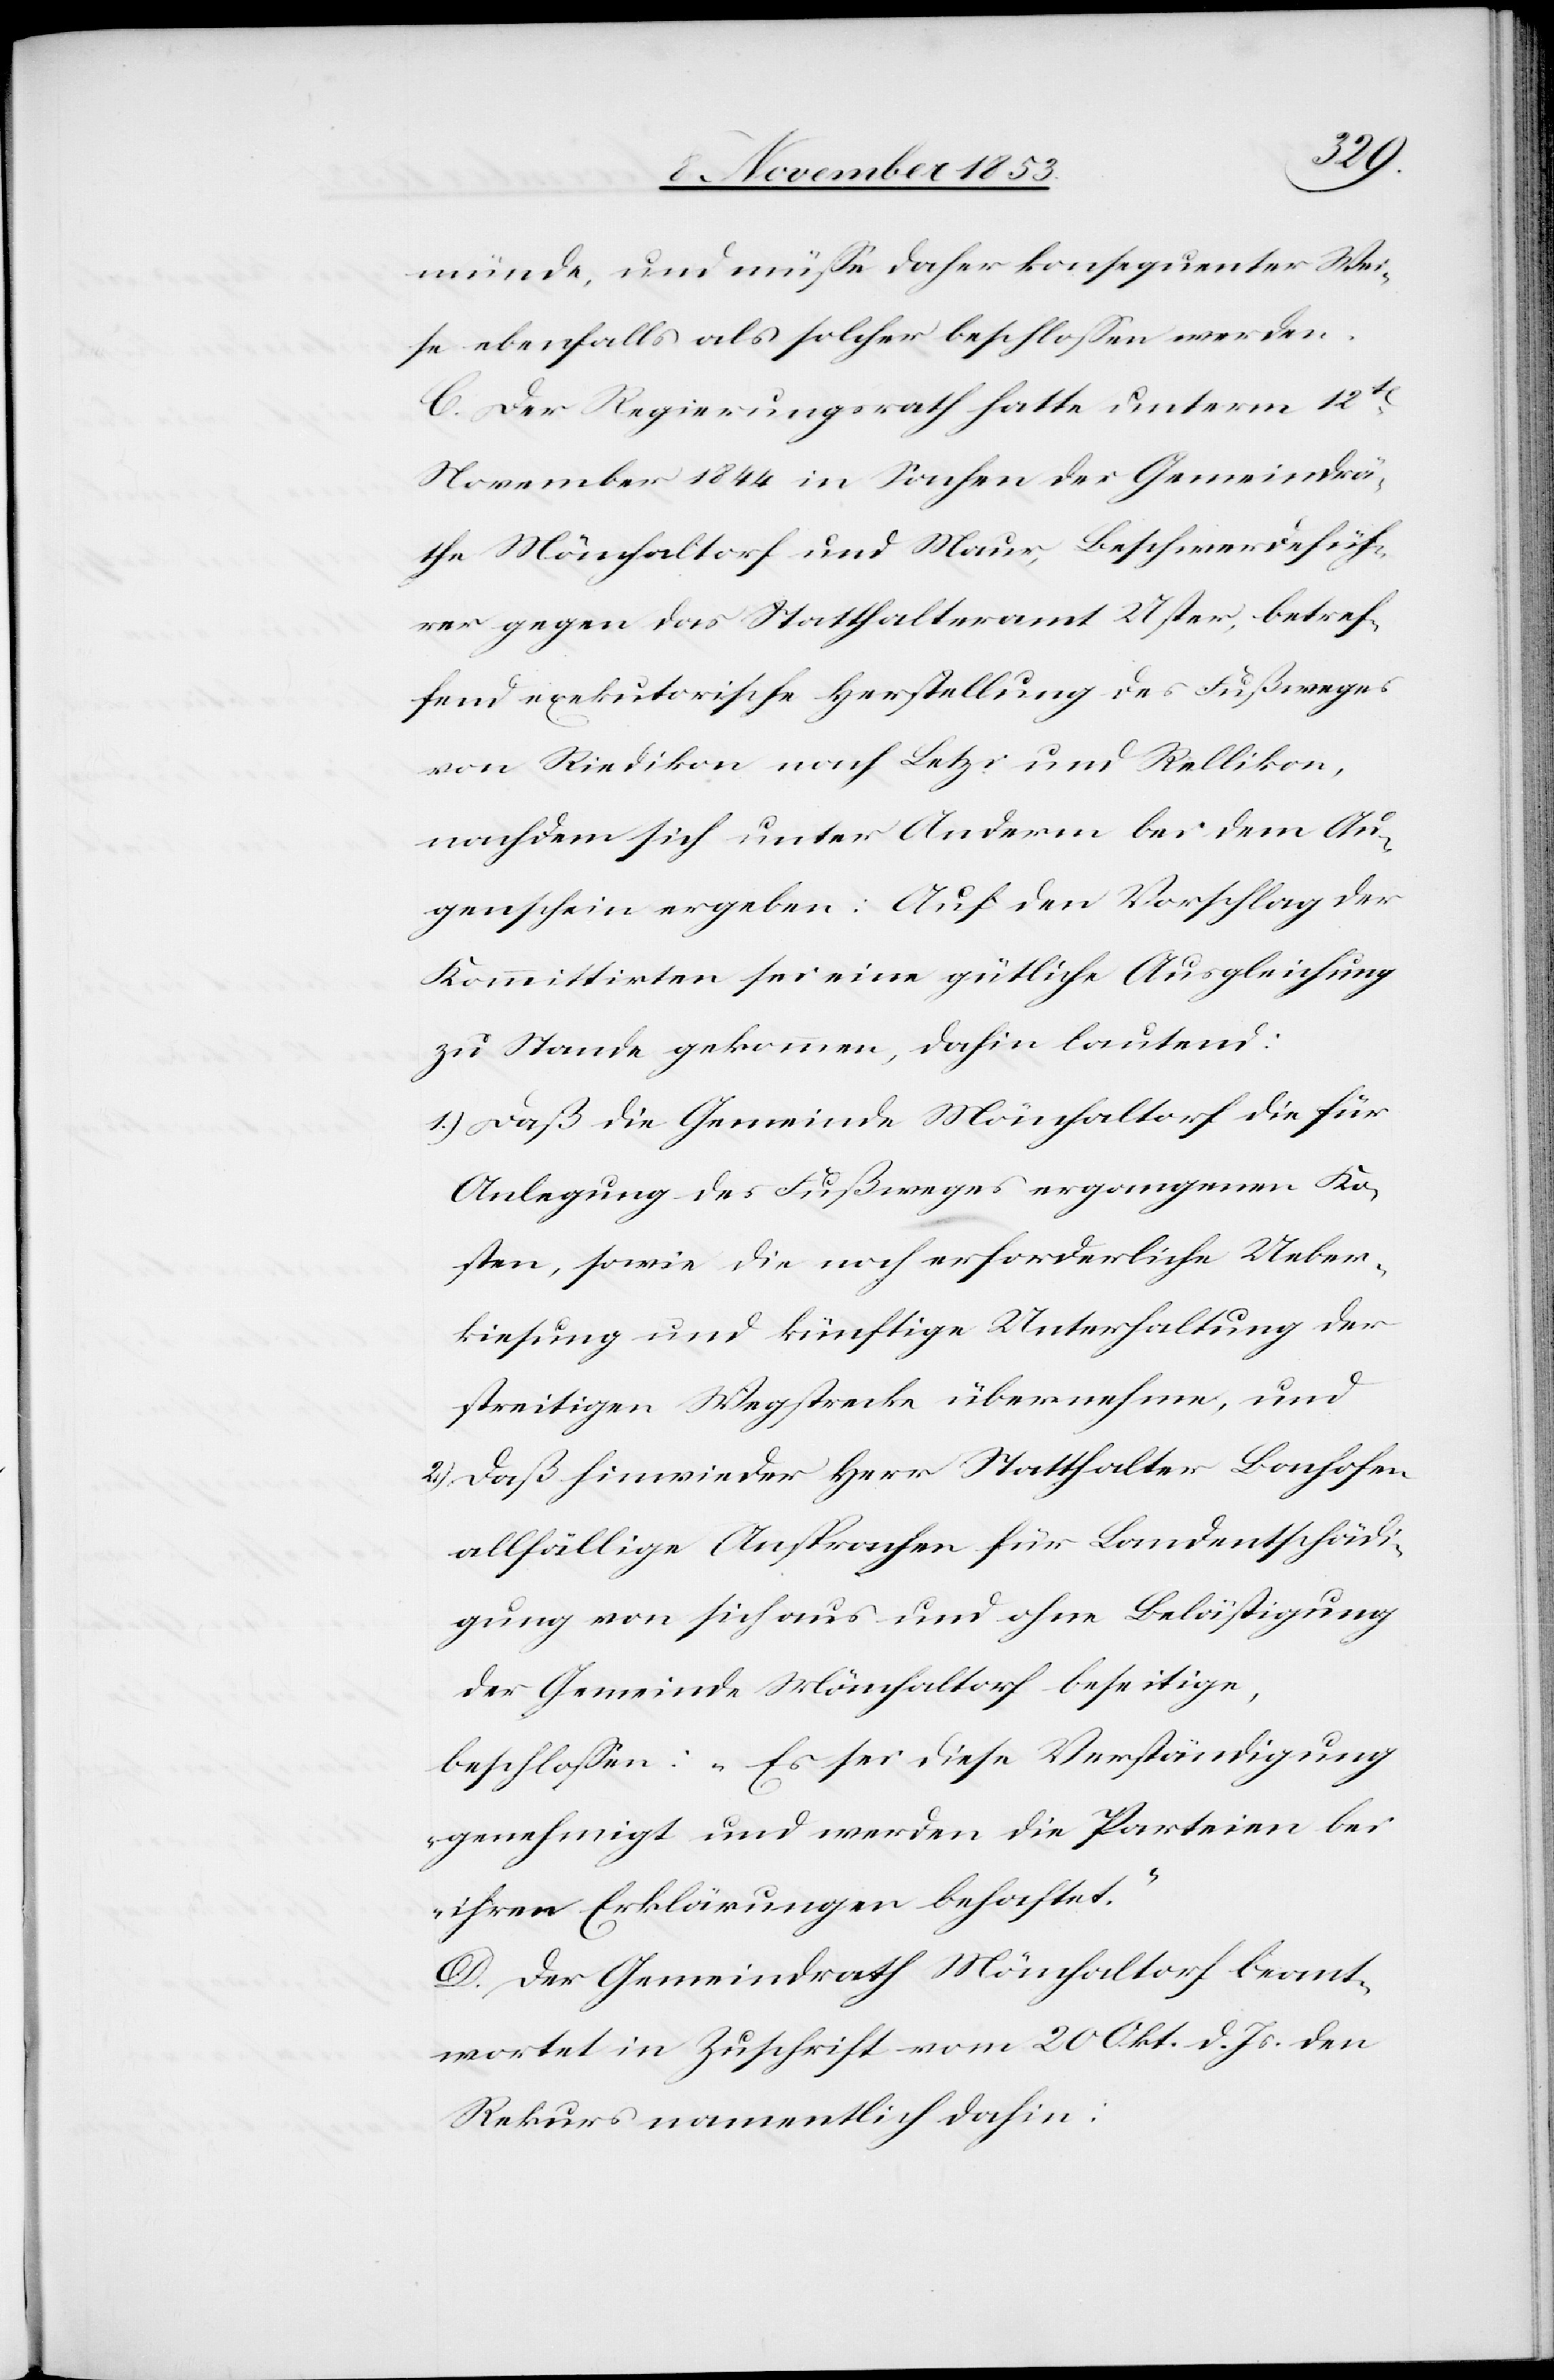
diese
münde, und müße daher konsequenter Wei¬
se ebenfalls als solcher beschloßen werden.
C. Der Regierungsrath hatte unterm 12ten
November 1844 in Sachen der Gemeindrä¬
the Mönchaltorf und Maur, Beschwerdefüh¬
rer gegen das Statthalteramt Uster, betref¬
fend exekutorische Herstellung des Fußweges
von Riedikon nach Letzi und Rellikon,
nachdem sich unter Anderm bei dem Au¬
genschein ergeben: Auf den Vorschlag der
Kommittirten sei eine gütliche Ausgleichung
zu Stande gekommen, dahin lautend:
1.) Daß die Gemeinde Mönchaltorf die für
Anlegung des Fußweges ergangenen Ko¬
sten, sowie die noch erforderliche Ueber¬
kiesung und künftige Unterhaltung der
streitigen Wegstrecke übernehmen, und
2.) Daß hinwieder Herr Statthalter Bachofen
allfällige Ansprachen für Landentschädi¬
gung von sich aus und ohne Bestätigung
der Gemeinde Mönchaltorf beseitige,
genehmigt und werden die Parteien bei
ihren Erklärungen behaftet.“
D. Der Gemeindrath Mönchaltorf beant¬
wortet in Zuschrift vom 20 Okt. d. Js. den
Rekurs namentlich dahin: